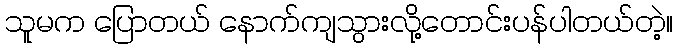
သူမက ပြောတယ် နောက်ကျသွားလို့တောင်းပန်ပါတယ်တဲ့။